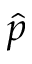
\hat { p }